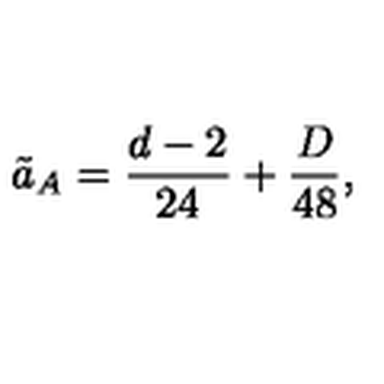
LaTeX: \tilde { a } _ { A } = \frac { d - 2 } { 2 4 } + \frac { D } { 4 8 } ,